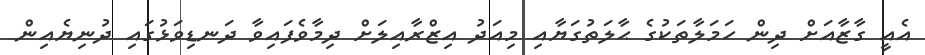
އެއީ ގާޒާއަށް ދިން ހަމަލާތަކުގެ ޙާލަތުގަޔާއި މިއަދު އިޒްރާއިލަށް ދިމާވެފައިވާ ދަނޑިވަޅުގައި ދުނިޔެއިން